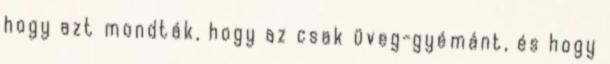
hogy azt mondták, hogy az csak üveg-gyémánt, és hogy